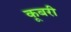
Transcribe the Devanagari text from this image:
कूबरी